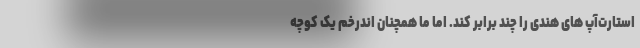
استارت‌آپ های هندی را چند برابر کند. اما ما همچنان اندرخم یک کوچه